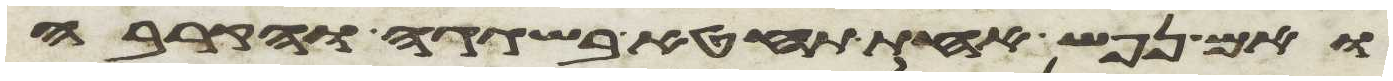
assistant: ואם נפש אחת תחטא בשגגה והקריבה